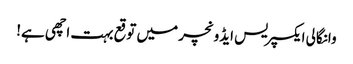
وانگالی ایکسپریس ایڈونچر میں توقع بہت اچھی ہے!